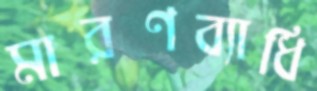
মারণব্যাধি